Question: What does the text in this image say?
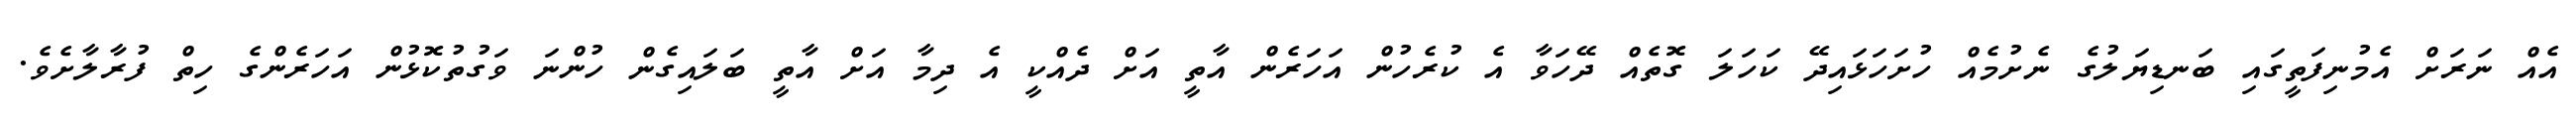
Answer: އެއް ނަރަށް އެމުނިފަތީގައި ބަނޑިޔަލުގެ ނެށުމެއް ހުށަހަޅައިދޭ ކަހަލަ ގޮތެއް ދޭހަވާ އެ ކުރެހުން އަހަރެން އާތީ އަށް ދެއްކީ އެ ދިމާ އަށް އާތީ ބަލައިގެން ހުންނަ ވަގުތުކޮޅުން އަހަރެންގެ ހިތް ފުރާލާށެވެ.